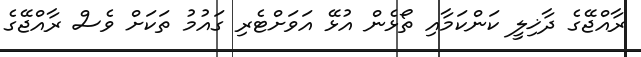
ރާއްޖޭގެ ދާޚިލީ ކަންކަމާއި ތޯޅެން އުޅޭ އަވަށްޓެރި ގައުމު ތަކަށް ވެސް ރާއްޖޭގެ